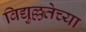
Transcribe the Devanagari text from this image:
विद्युल्लतेच्या